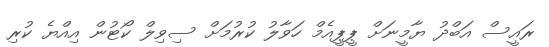
ރައީސް އަބްދު ޔާމީނަށް ޕީޕީއެމް ހަވާލު ކުރުމަށް ސިވިލް ކޯޓުން އިއްޔެ ކުރި